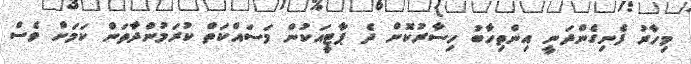
މިހާރު ފެނިގެންދަނީ އިންތިހާބު ހިސާރުކޮށް ދެ ޕާޓީއަކުން މަސައްކަތް ކުރަމުންދާތަން ކަމަށް ވެސް